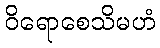
ဝိရောစေသိမဟံ